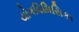
યોગવિમિસિકા